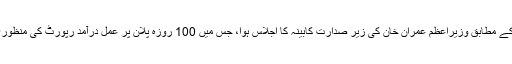
تفصیلات کے مطابق وزیراعظم عمران خان کی زیر صدارت کابینہ کا اجلاس ہوا، جس میں 100 روزہ پلان پر عمل درآمد رپورٹ کی منظوری دے دی۔